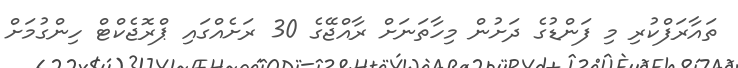
ތައާރަފްކުރި މި ފަންޑުގެ ދަށުން މިހާތަނަށް ރާއްޖޭގެ 30 ރަށެއްގައި ޕްރޮޖެކްޓް ހިންގުމަށް